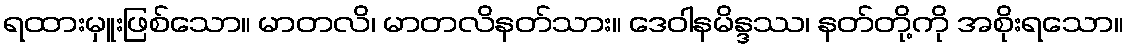
ရထားမှူးဖြစ်သော။ မာတလိ၊ မာတလိနတ်သား။ ဒေဝါနမိန္ဒဿ၊ နတ်တို့ကို အစိုးရသော။